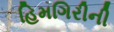
હિમગિરીની